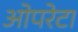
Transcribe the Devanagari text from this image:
ओपरेटा